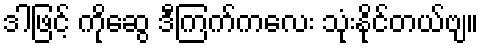
ဒါဖြင့် ကိုဆွေ ဒီကြက်ကလေး သုံးနိုင်တယ်ဗျ။